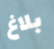
بلاغ